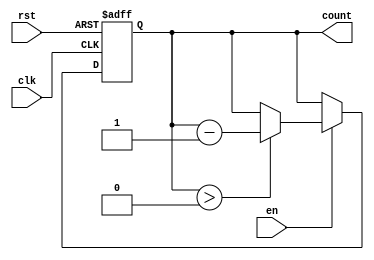
module down_counter #(
    parameter MAX_COUNT = 8'd255 // Define the maximum count value
)(
    input wire clk,               // Clock signal
    input wire rst,               // Asynchronous reset signal
    input wire en,                // Enable signal
    output reg [7:0] count        // Current count value (8-bit output)
);

    // Initial count value
    initial begin
        count = MAX_COUNT; // Start at maximum count value
    end

    // Always block triggered on the rising edge of the clock
    always @(posedge clk or posedge rst) begin
        if (rst) begin
            count <= MAX_COUNT; // Reset to maximum count value
        end else if (en) begin
            if (count > 0) begin
                count <= count - 1; // Decrement count if greater than zero
            end
        end
        // If enable is low, the count retains its current value
    end

endmodule